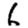
Digit: 6